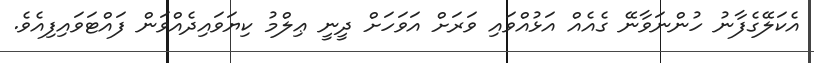
އެކަލޭގެފާނު ހުންނަވާނޭ ގެއެއް އަޅުއްވައި ވަރަށް އަވަހަށް ދީނީ ޢިލްމު ކިޔަވައިދެއްވަން ފައްޓަވައިފިއެވެ.